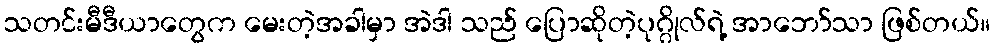
သတင်းမီဒီယာတွေက မေးတဲ့အခါမှာ အဲဒါ သည် ပြောဆိုတဲ့ပုဂ္ဂိုလ်ရဲ့ အာဘော်သာ ဖြစ်တယ်။